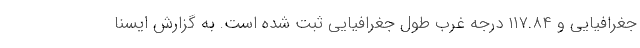
جغرافیایی و ۱۱۷.۸۴ درجه غرب طول جغرافیایی ثبت شده است. به گزارش ایسنا